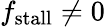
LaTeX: f_{\mathrm{stall}}\neq 0